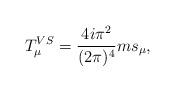
LaTeX: \begin{align*}T_{\mu }^{VS}=\frac{4i\pi ^{2}}{(2\pi )^{4}}ms_{\mu },\end{align*}